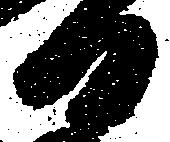
日